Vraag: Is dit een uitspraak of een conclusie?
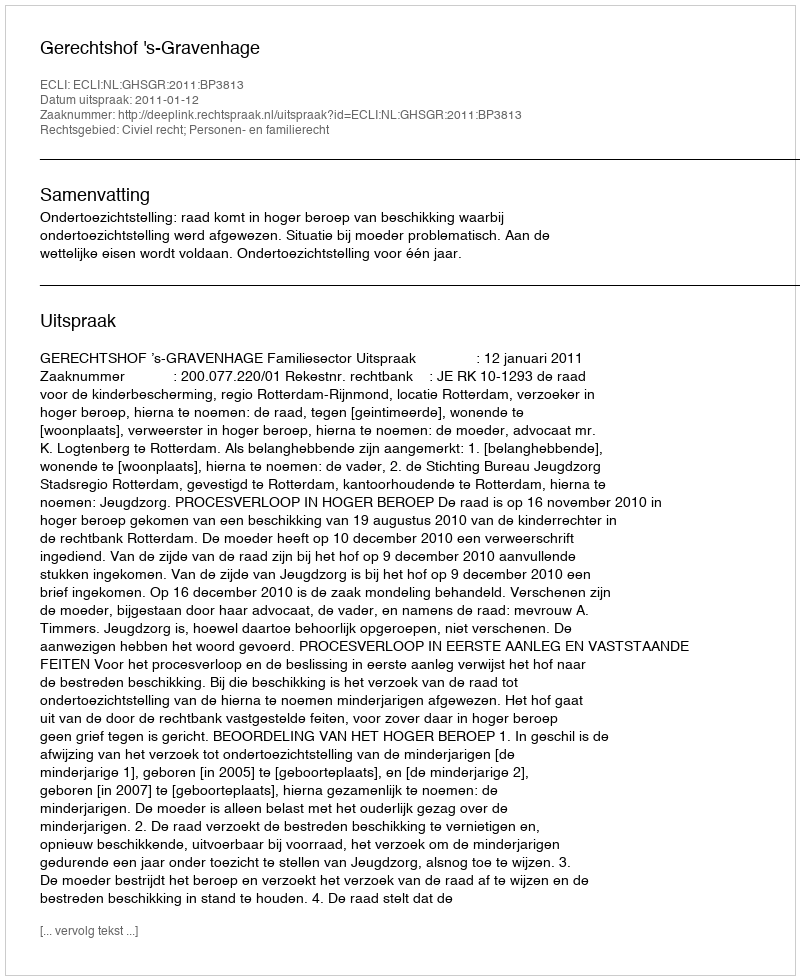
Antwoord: Uitspraak